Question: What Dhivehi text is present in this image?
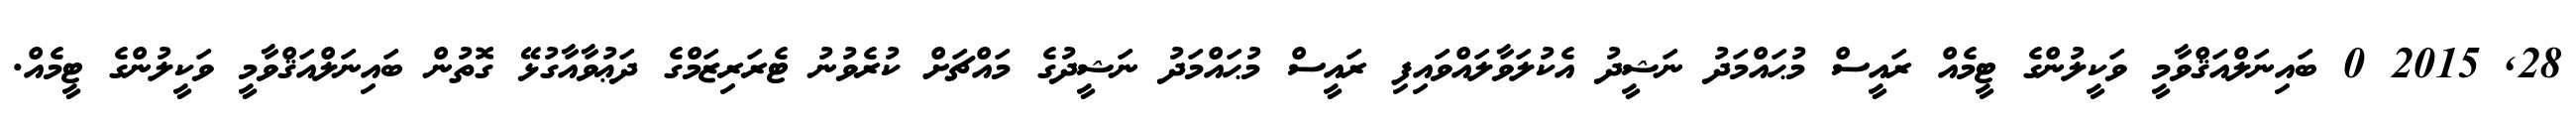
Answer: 28, 2015 0 ބައިނަލްއަޤްވާމީ ވަކީލުންގެ ޓީމެއް ރައީސް މުޙައްމަދު ނަޝީދު އެކުލަވާލައްވައިފި ރައީސް މުޙައްމަދު ނަޝީދުގެ މައްޗަށް ކުރެވުނު ޓެރަރިޒަމްގެ ދަޢުވާއާގުޅޭ ގޮތުން ބައިނަލްއަޤްވާމީ ވަކީލުންގެ ޓީމެއް.